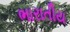
ભારાતીય